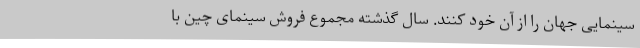
سینمایی جهان را از آن خود کنند. سال گذشته مجموع فروش سینمای چین با